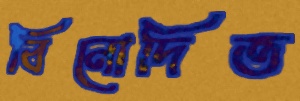
বিনোদিত